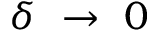
\delta \ \rightarrow \ 0